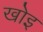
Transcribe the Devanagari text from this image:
खोइ